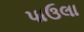
પાઉલા